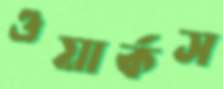
ওয়ার্কস